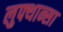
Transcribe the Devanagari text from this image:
लुफ्थान्सा